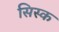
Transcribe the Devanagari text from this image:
सिस्क